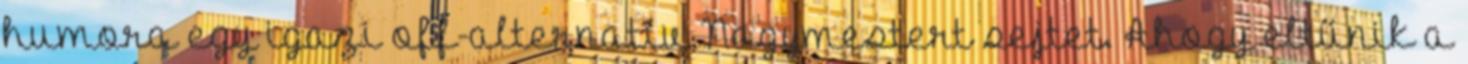
humora egy igazi off-alternatív Nagymestert sejtet. Ahogy eltűnik a